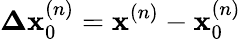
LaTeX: \mathbf{\Delta x}_{0}^{(n)}=\mathbf{x}^{(n)}-\mathbf{x}_{0}^{(n)}